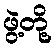
ဖွဲ့တို့